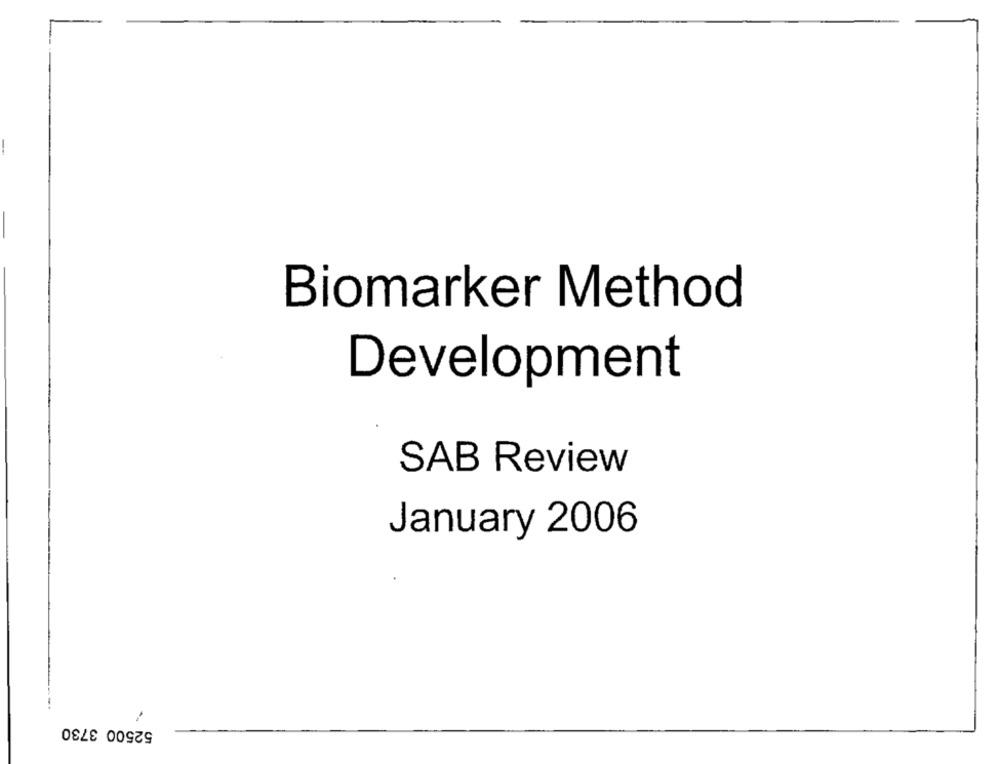
Biomarker Method
Development
SAB Review
January 2006
52500 3730